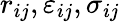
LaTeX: r_{ij},\varepsilon_{ij},\sigma_{ij}